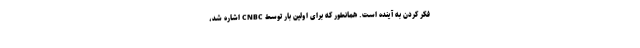
فکر کردن به آینده است. همانطور که برای اولین بار توسط CNBC اشاره شد،